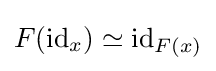
F(\operatorname {id} _{x})\simeq \operatorname {id} _{F(x)}